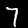
Label: 7